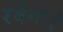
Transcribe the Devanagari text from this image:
रवेना।